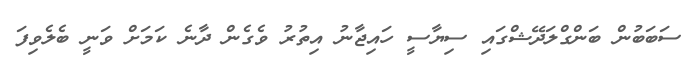
ސަބަބުން ބަންގްލަދޭޝްގައި ސިޔާސީ ހައިޖާނު އިތުރު ވެގެން ދާނެ ކަމަށް ވަނީ ބެލެވިފަ